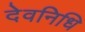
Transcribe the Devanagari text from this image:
देवनिधि